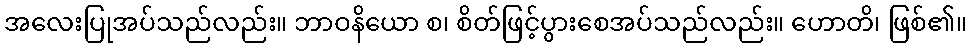
အလေးပြုအပ်သည်လည်း။ ဘာဝနိယော စ၊ စိတ်ဖြင့်ပွားစေအပ်သည်လည်း။ ဟောတိ၊ ဖြစ်၏။